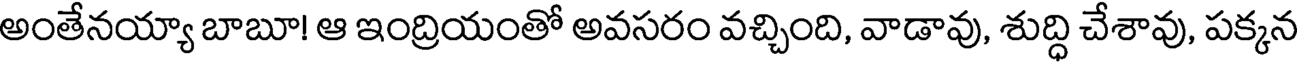
అంతేనయ్యా బాబూ! ఆ ఇంద్రియంతో అవసరం వచ్చింది, వాడావు, శుద్ధి చేశావు, పక్కన